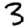
Digit: 3